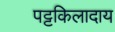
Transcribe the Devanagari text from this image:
पट्टकिलादाय